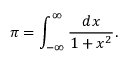
\pi = \int _ { - \infty } ^ { \infty } { \frac { d x } { 1 + x ^ { 2 } } } .